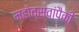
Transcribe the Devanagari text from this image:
महोत्सवांपैकी